Voisiku_vallavalitsus, lk 411
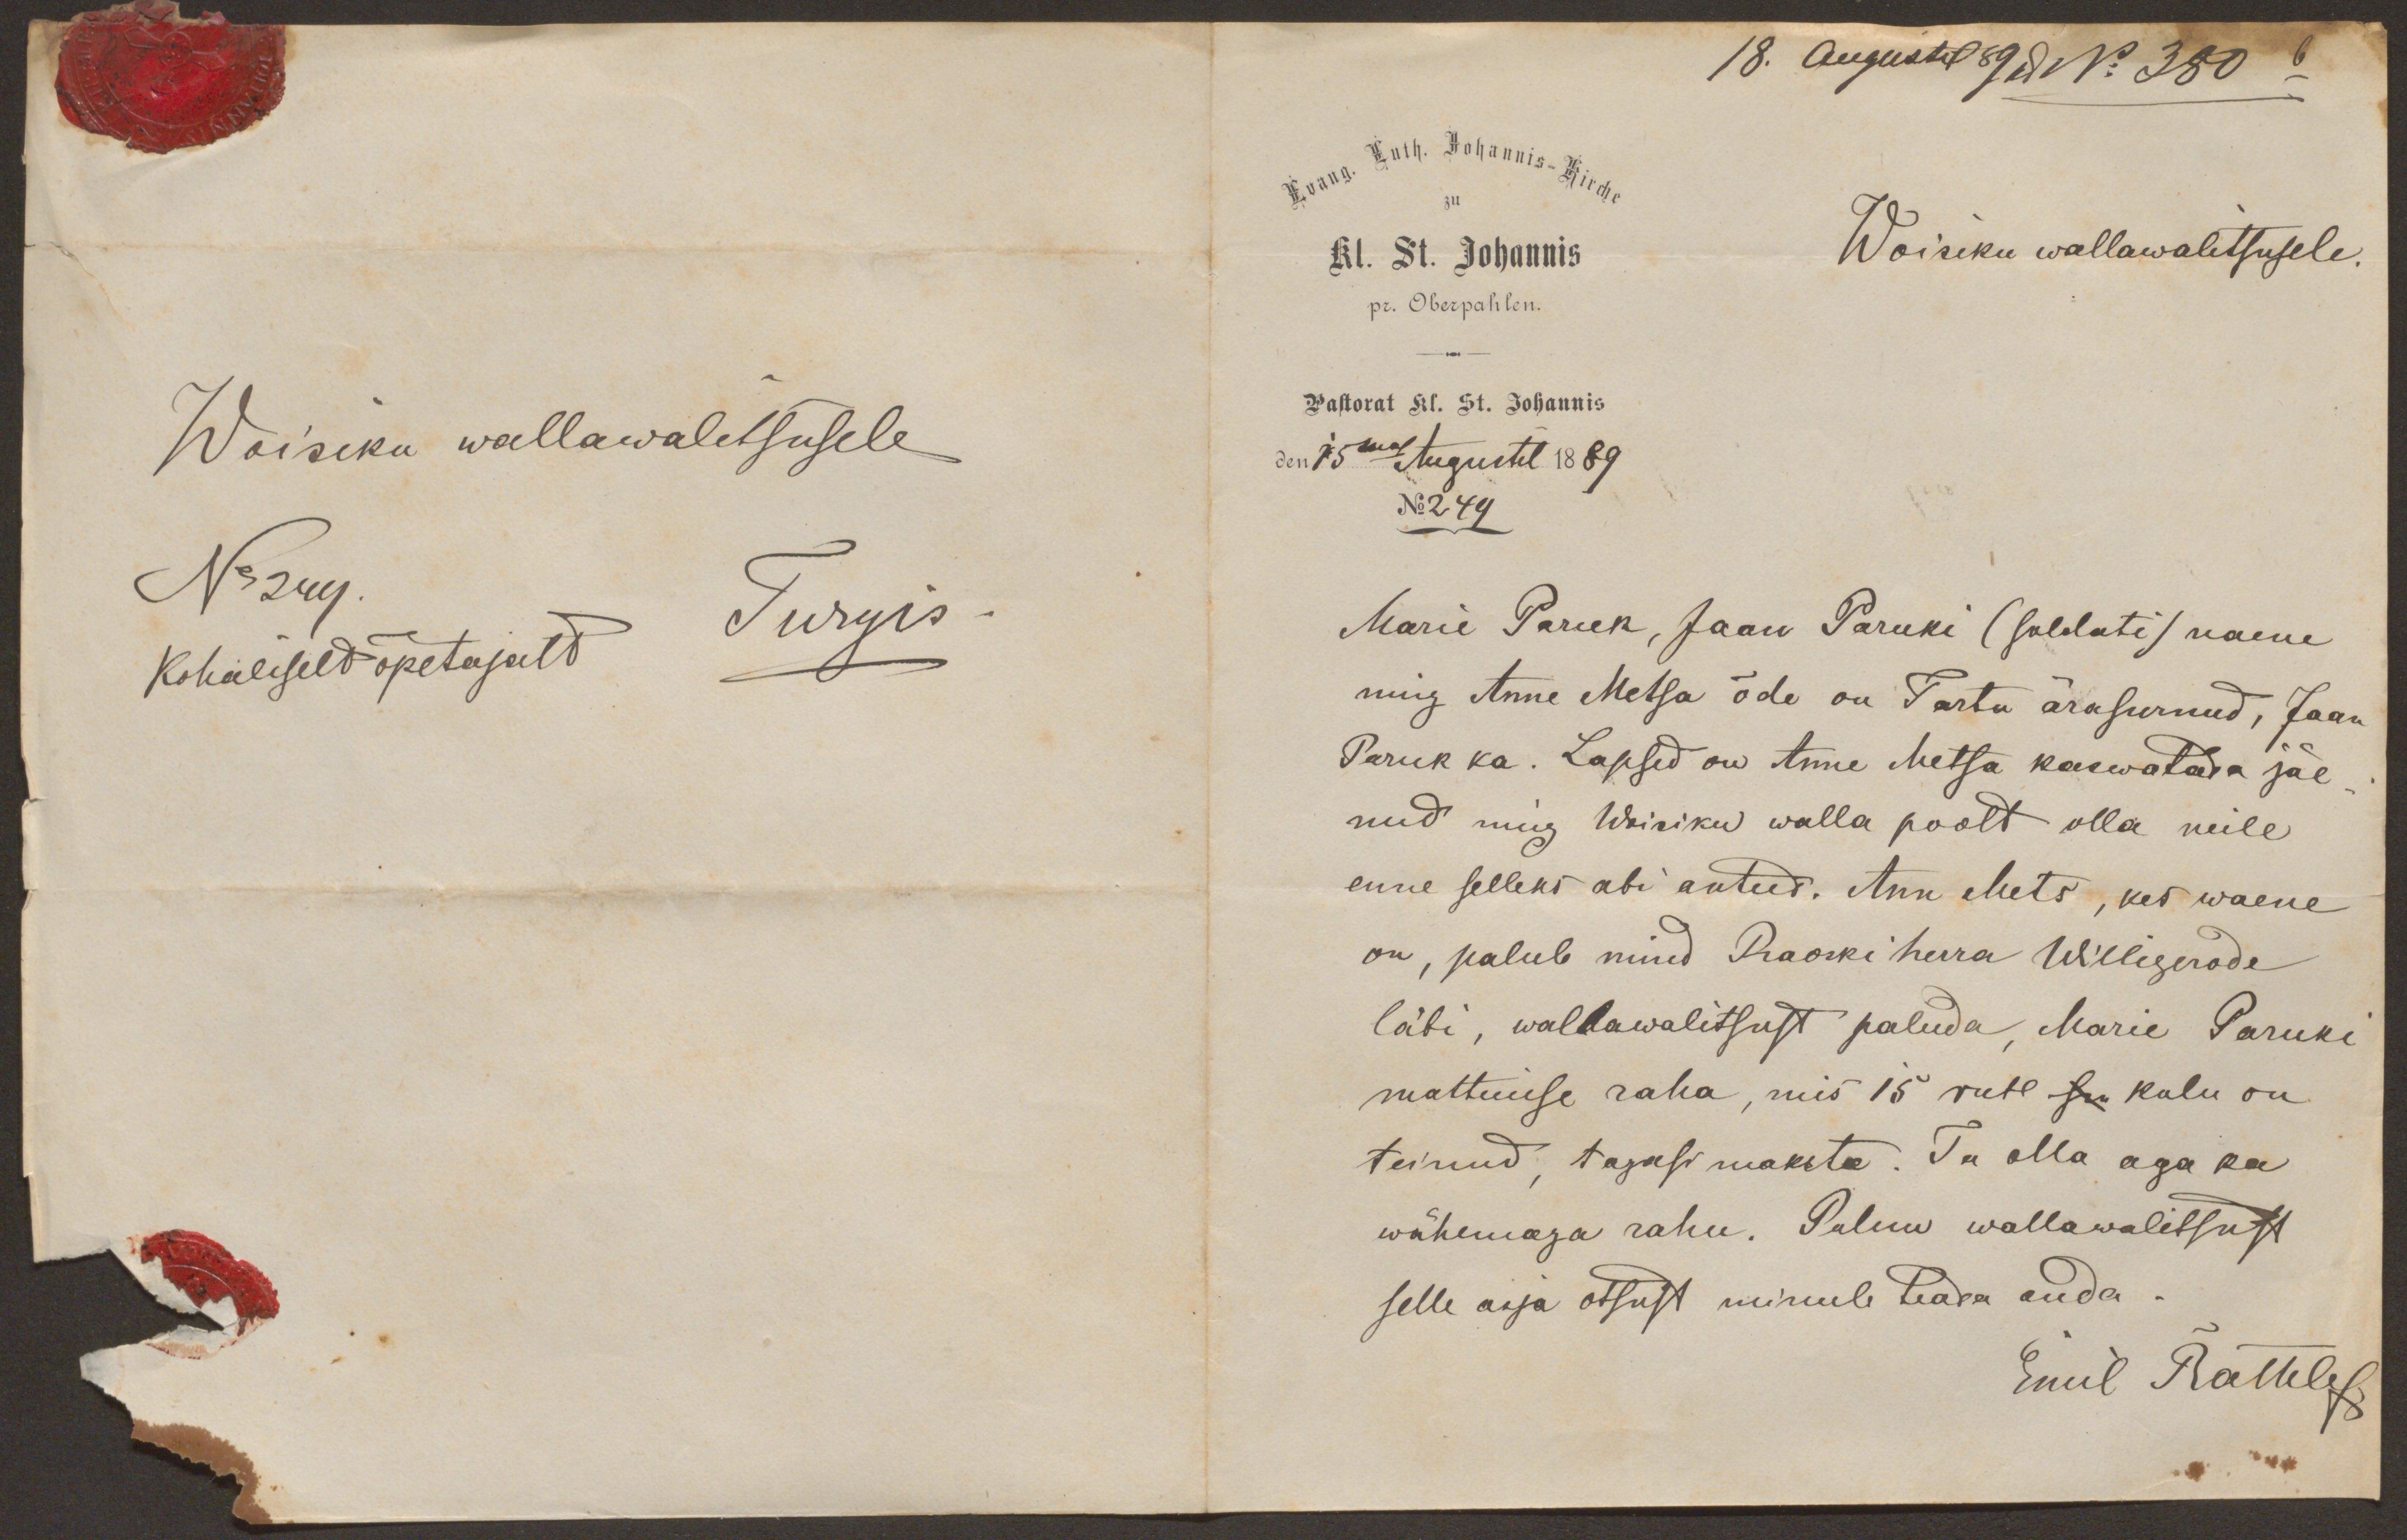
Woisiku wallawalitsusele
No 249
kohaliselt õpetajate Turgis

18. Augustil 89 No 380 b
Woisiku wallawalitsusele.
den 15mal Augustil 1889
No 249
Marie Paruk, Jaan Paruki (soldati) naene
ning Anne Metsa õde on Tartu ärasurnud, Jaan
Paruk ka. Lapsed on Anne Metsa kaswatada jäe-
nud ning Woisiku walla poolt olla neile
enne selleks abi antud. Ann Mets, kes waene
on, palub mind Praoski herra Willigerade
läbi, wallawalitsust paluda Marie Paruki
mattmise raha, mis 15 rubl su. kulu on
teinud, tagasi maksta. Ta olla aga ka
wähemaja rahu. Palun wallawalitsust
selle asja otsust minule teada anda
Emil Rathlef